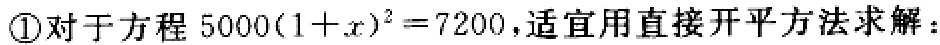
\textcircled{1}对于方程\(5000(1 + x)^{2}=7200\)，适宜用直接开平方法求解：